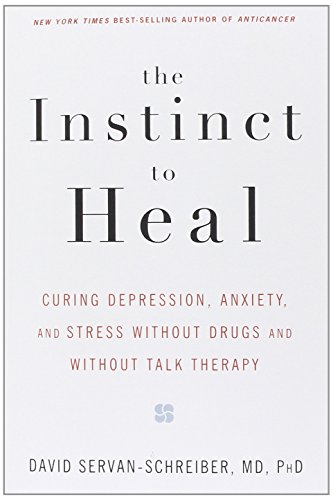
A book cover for The Instinct to Heal: Curing Depression, Anxiety and Stress Without Drugs and Without Talk Therapy; David Servan-Schreiber; Health, Fitness & Dieting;